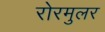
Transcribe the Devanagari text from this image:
रोरमुलर